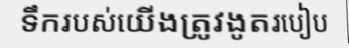
ទឹករបស់យើងត្រូវងូតរបៀប